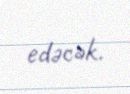
edəcək.